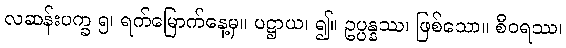
လဆန်းပက္ခ ၅၊ ရက်မြောက်နေ့မှ။ ပဋ္ဌာယ၊ ၍။ ဥပ္ပန္နဿ၊ ဖြစ်သော။ စီဝရဿ၊